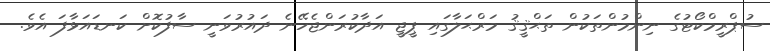
ސުޕްރީމްކޯޓުގެ ނިންމުންތަކުން ތަޙްޤީޤު މަރްޙަލާގައި ޕީޖީ އަދާކުރަންޖެހޭނެ ދައުރުވަނީ ސާފުކޮށް ކަނޑައަޅާފަ އެވެ.